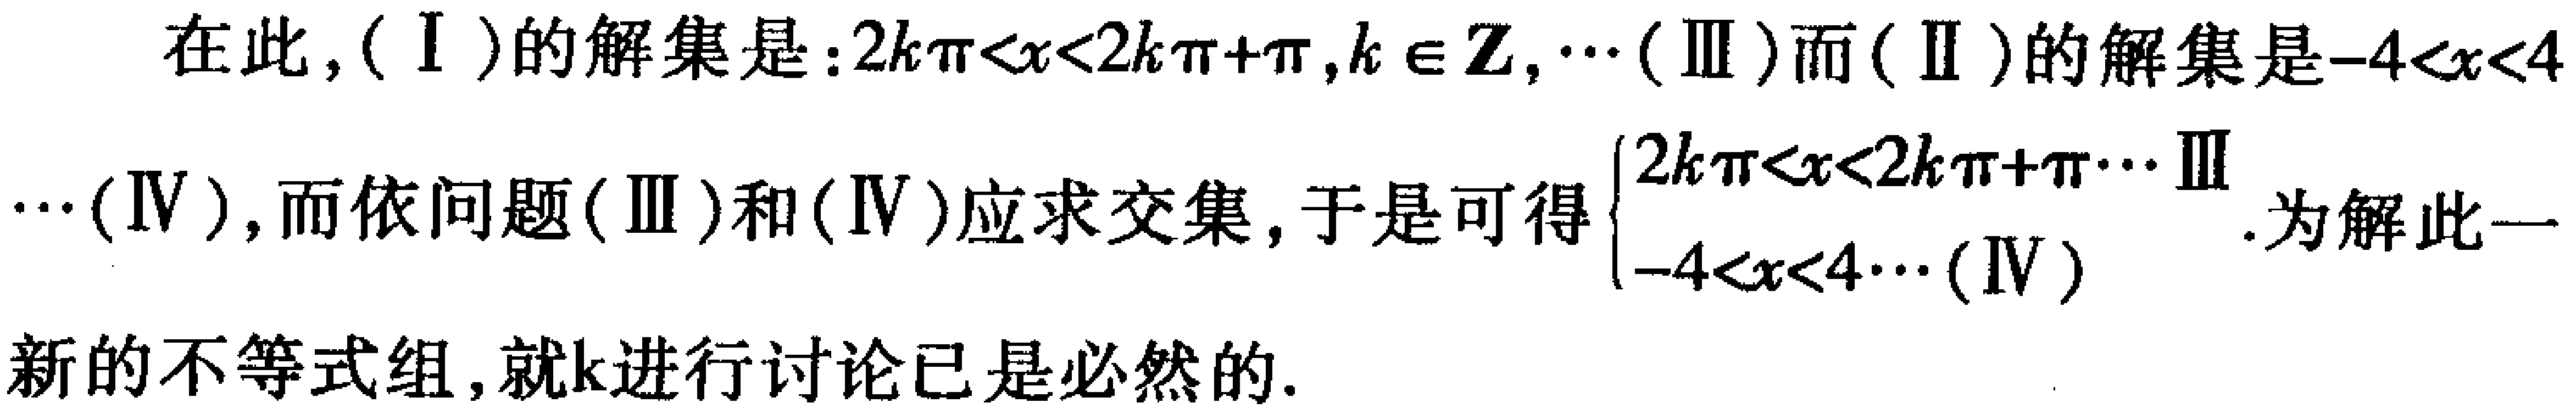
在此，\((\mathrm{I})\)的解集是：\(2k\pi<x<2k\pi + \pi,k\in\mathbb{Z},\cdots(\mathrm{III})\)而\((\mathrm{II})\)的解集是\(-4 < x < 4\cdots(\mathrm{IV})\)，而依问题\((\mathrm{III})\)和\((\mathrm{IV})\)应求交集，于是可得\(\begin{cases}2k\pi<x<2k\pi+\pi\cdots\mathrm{III}\\-4 < x < 4\cdots(\mathrm{IV})\end{cases}\)为解此一新的不等式组，就\(k\)进行讨论已是必然的.